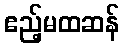
ဧည့်မထဆန်